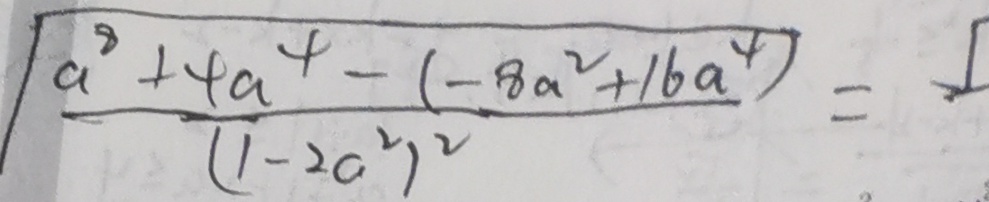
\frac { a ^ { 2 } + 4 a ^ { 4 } - ( - 8 a ^ { 2 } + 1 6 a ^ { 4 } ) } { ( 1 - 2 a ^ { 2 } ) ^ { 2 } } =